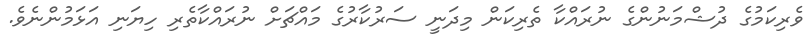
ވެރިކަމުގެ ދުޝްމަނުންގެ ނުރައްކާ ތެރިކަން މިދަނީ ސަރުކާރުގެ މައްޗަށް ނުރައްކާތެރި ހިޔަނި އަޅަމުންނެވެ.